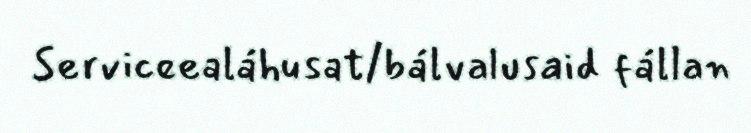
Serviceealáhusat/bálvalusaid fállan